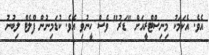
އެވެ. އެކަމަކު މިނިސްޓްރީއަށް "ޑަރު" ވެސް ހީނުވި އެވެ. ކުޑަމިނުން ފްލެޓް ލިބުނު